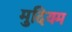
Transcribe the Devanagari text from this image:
मुदियम